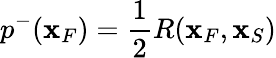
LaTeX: p^{-}({\mathbf x}_{F})=\frac{1}{2}R({\mathbf x}_{F},{\mathbf x}_{S})